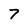
Character: 7